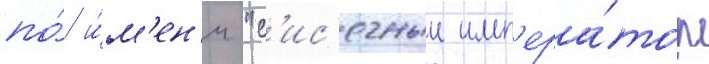
по́ и́м'ен'и "с'ис'ечныи имп'ера́тор